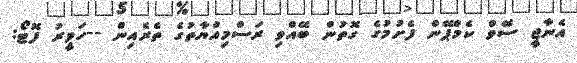
އެނާޖީ ސޭވް ކެމްޕޭން ފެށުމުގެ ގޮތުން ބޭއްވި ރަސްމިއްޔާތުގެ ތެރެއިން --ހަވީރު ފޮޓޯ: